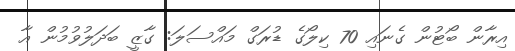
އިރާން ބޯޓުން ގެނައި 70 ކިލޯގެ ޑުރަގް މައްސަލަ: ގާޒީ ބަދަލުވުމުން އާ